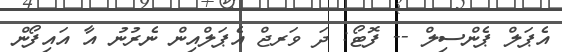
އެޕަލް ޕެންސިލް -- ފޮޓޯ: ދަ ވަރޖް އެޕަލްއިން ނެރުނު އާ އައިފޯން